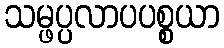
သမ္ဖပ္ပလာပပစ္စယာ